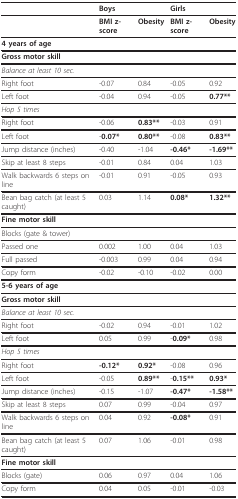
<table><thead><tr><td></td><td colspan="2"><b>Boys</b></td><td colspan="2"><b>Girls</b></td></tr></thead><tbody><tr><td></td><td><b>BMI z-score</b></td><td><b>Obesity</b></td><td><b>BMI z-score</b></td><td><b>Obesity</b></td></tr><tr><td><b>4 years of age</b></td><td></td><td></td><td></td><td></td></tr><tr><td><b>Gross motor skill</b></td><td></td><td></td><td></td><td></td></tr><tr><td><i>Balance at least 10 sec</i>.</td><td></td><td></td><td></td><td></td></tr><tr><td>Right foot</td><td>-0.07</td><td>0.84</td><td>-0.05</td><td>0.92</td></tr><tr><td>Left foot</td><td>-0.04</td><td>0.94</td><td>-0.05</td><td><b>0.77**</b></td></tr><tr><td><i>Hop 5 times</i></td><td></td><td></td><td></td><td></td></tr><tr><td>Right foot</td><td>-0.06</td><td><b>0.83**</b></td><td>-0.03</td><td>0.91</td></tr><tr><td>Left foot</td><td>-<b>0.07*</b></td><td><b>0.80**</b></td><td>-0.08</td><td><b>0.83**</b></td></tr><tr><td>Jump distance (inches)</td><td>-0.40</td><td>-1.04</td><td><b>-0.46*</b></td><td><b>-1.69**</b></td></tr><tr><td>Skip at least 8 steps</td><td>-0.01</td><td>0.84</td><td>0.04</td><td>1.03</td></tr><tr><td>Walk backwards 6 steps on line</td><td>-0.01</td><td>0.91</td><td>-0.05</td><td>0.93</td></tr><tr><td>Bean bag catch (at least 5 caught)</td><td>0.03</td><td>1.14</td><td><b>0.08*</b></td><td><b>1.32**</b></td></tr><tr><td><b>Fine motor skill</b></td><td></td><td></td><td></td><td></td></tr><tr><td>Blocks (gate &amp; tower)</td><td></td><td></td><td></td><td></td></tr><tr><td>Passed one</td><td>0.002</td><td>1.00</td><td>0.04</td><td>1.03</td></tr><tr><td>Full passed</td><td>-0.003</td><td>0.99</td><td>0.04</td><td>0.94</td></tr><tr><td>Copy form</td><td>-0.02</td><td>-0.10</td><td>-0.02</td><td>0.00</td></tr><tr><td><b>5-6 years of age</b></td><td></td><td></td><td></td><td></td></tr><tr><td><b>Gross motor skill</b></td><td></td><td></td><td></td><td></td></tr><tr><td><i>Balance at least 10 sec</i>.</td><td></td><td></td><td></td><td></td></tr><tr><td>Right foot</td><td>-0.02</td><td>0.94</td><td>-0.01</td><td>1.02</td></tr><tr><td>Left foot</td><td>0.05</td><td>0.99</td><td>-<b>0.09*</b></td><td>0.98</td></tr><tr><td><i>Hop 5 times</i></td><td></td><td></td><td></td><td></td></tr><tr><td>Right foot</td><td><b>-0.12*</b></td><td><b>0.92*</b></td><td>-0.08</td><td>0.96</td></tr><tr><td>Left foot</td><td>-0.05</td><td><b>0.89**</b></td><td>-<b>0.15**</b></td><td><b>0.93*</b></td></tr><tr><td>Jump distance (inches)</td><td>-0.15</td><td>-1.07</td><td><b>-0.47*</b></td><td><b>-1.58**</b></td></tr><tr><td>Skip at least 8 steps</td><td>0.07</td><td>0.99</td><td>-0.04</td><td>0.97</td></tr><tr><td>Walk backwards 6 steps on line</td><td>0.04</td><td>0.92</td><td><b>-0.08*</b></td><td>0.91</td></tr><tr><td>Bean bag catch (at least 5 caught)</td><td>0.07</td><td>1.06</td><td>-0.01</td><td>0.98</td></tr><tr><td><b>Fine motor skill</b></td><td></td><td></td><td></td><td></td></tr><tr><td>Blocks (gate)</td><td>0.06</td><td>0.97</td><td>0.04</td><td>1.06</td></tr><tr><td>Copy form</td><td>0.04</td><td>0.05</td><td>-0.01</td><td>-0.03</td></tr></tbody></table>